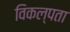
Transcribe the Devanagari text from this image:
विकल्पता